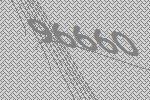
96660